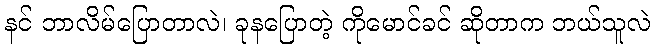
နင် ဘာလိမ်ပြောတာလဲ၊ ခုနပြောတဲ့ ကိုမောင်ခင် ဆိုတာက ဘယ်သူလဲ